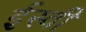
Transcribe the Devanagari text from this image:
र्इस्वी